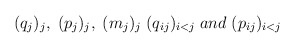
\begin{align*}(q_j)_j,\; (p_j)_j,\; (m_j)_j\; (q_{ij})_{i<j}\;and \;(p_{ij})_{i<j}\;\end{align*}